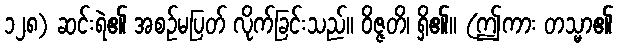
၁၂၈) ဆင်းရဲ၏ အစဉ်မပြတ် လိုက်ခြင်းသည်။ ဝိဇ္ဇတိ၊ ရှိ၏။ (ဤကား တသ္မာ၏